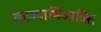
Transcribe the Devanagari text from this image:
काव्याभिव्यक्ति